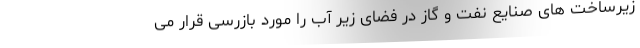
زیرساخت های صنایع نفت و گاز در فضای زیر آب را مورد بازرسی قرار می